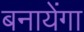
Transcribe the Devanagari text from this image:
बनायेंगा